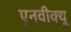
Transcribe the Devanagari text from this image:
एनवीक्यू